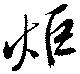
炬